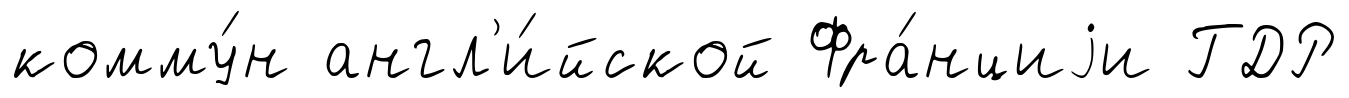
комму́н англ'и́йской Фра́нциjи ГДР